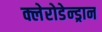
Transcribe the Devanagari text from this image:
क्लेरोडेन्ड्रान